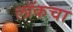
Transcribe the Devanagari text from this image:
लॉकचा